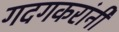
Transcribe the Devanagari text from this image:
गदगकरांनी